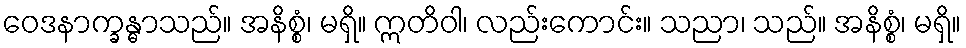
ဝေဒနာက္ခန္ဓာသည်။ အနိစ္စံ၊ မရှိ။ ဣတိဝါ၊ လည်းကောင်း။ သညာ၊ သည်။ အနိစ္စံ၊ မရှိ။